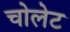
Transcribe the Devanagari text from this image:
चोलेट